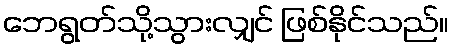
ဘေရွတ်သို့သွားလျှင် ဖြစ်နိုင်သည်။